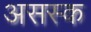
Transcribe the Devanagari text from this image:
असस्क